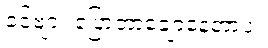
ခင်ဗျား ပြောတာချောနေတာပဲ။